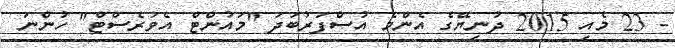
- 23 މެއި 2015 ދުނިޔޭގެ އެންމެ އުސްފަރުބަދަ "މައުންޓް އެވަރެސްޓް" ހުންނަ